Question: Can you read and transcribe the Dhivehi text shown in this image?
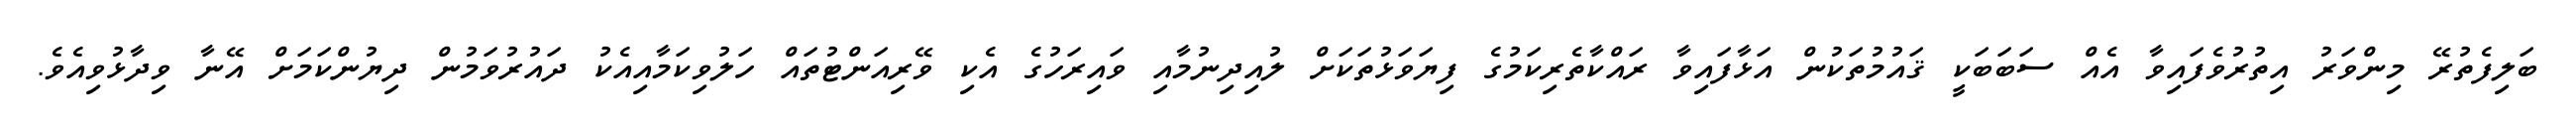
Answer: ބަލިފެތުރޭ މިންވަރު އިތުރުވެފައިވާ އެއް ސަބަބަކީ ޤައުމުތަކުން އަޅާފައިވާ ރައްކާތެރިކަމުގެ ފިޔަވަޅުތަކަށް ލުއިދިނުމާއި ވައިރަހުގެ އެކި ވޭރިއަންޓުތައް ހަލުވިކަމާއިއެކު ދައުރުވަމުން ދިޔުންކަމަށް އޭނާ ވިދާޅުވިއެވެ.